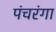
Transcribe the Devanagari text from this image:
पंचरंगा